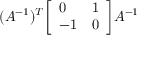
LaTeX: ( A ^ { - 1 } ) ^ { T } { \left[ \begin{array} { l l } { 0 } & { 1 } \\ { - 1 } & { 0 } \end{array} \right] } A ^ { - 1 }